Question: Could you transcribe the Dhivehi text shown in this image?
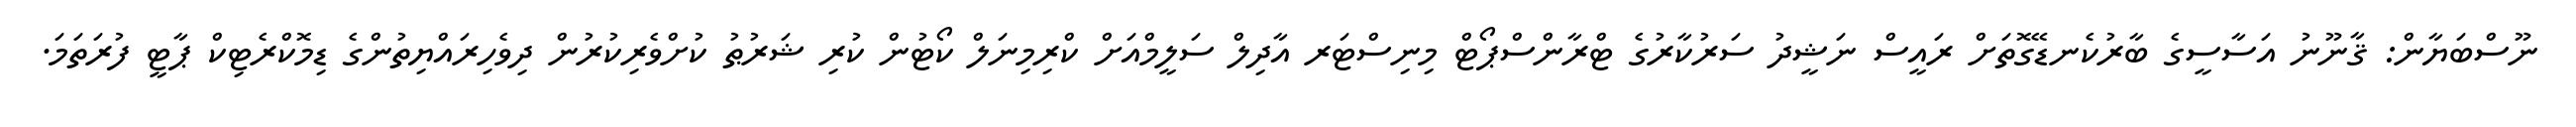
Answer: ނޫސްބަޔާން: ޤާނޫނު އަސާސީގެ ބާރުކެނޑޭގޮތަށް ރައީސް ނަޝީދު ސަރުކާރުގެ ޓްރާންސްޕޯޓް މިނިސްޓަރ އާދިލް ސަލީމްއަށް ކްރިމިނަލް ކޯޓުން ކުރި ޝަރުޠު ކުށްވެރިކުރުން ދިވެހިރައްޔިތުންގެ ޑިމޮކްރެޓިކް ޕާޓީ ފުރަތަމަ.